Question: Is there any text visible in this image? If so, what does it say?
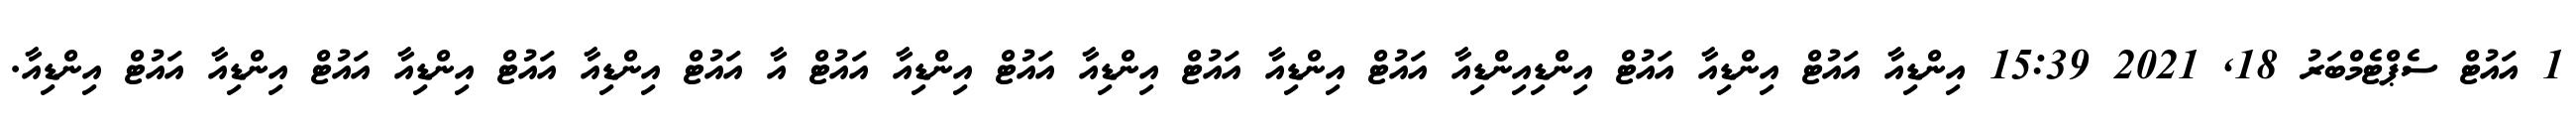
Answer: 1 އައުޓް ސެޕްޓެމްބަރު 18, 2021 15:39 އިންޑިއާ އައުޓް އިންޑިއާ އައުޓް އިންޑިއިންޑިއާ އައުޓް އިންޑިއާ އައުޓް އިންޑިއާ އައުޓް އިންޑިއާ އައުޓް އާ އައުޓް އިންޑިއާ އައުޓް އިންޑިއާ އައުޓް އިންޑިއާ އައުޓް އިންޑިއާ.